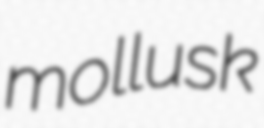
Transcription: mollusk